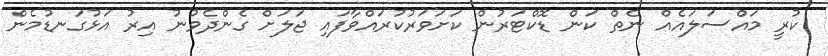
ކުރީ މައްސަލައެއް ނެތް ކަން ޑޮކްޓަރުން ކަށަވަރުކުރައްވާފައި ޖަލަށް ގެންދެވުނު އިރު އަޅުގަނޑުމެން